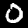
Label: 0